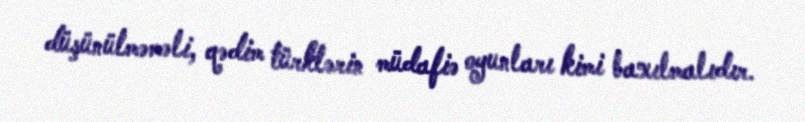
düşünülməməli, qədim türklərin müdafiə oyunları kimi baxılmalıdır.